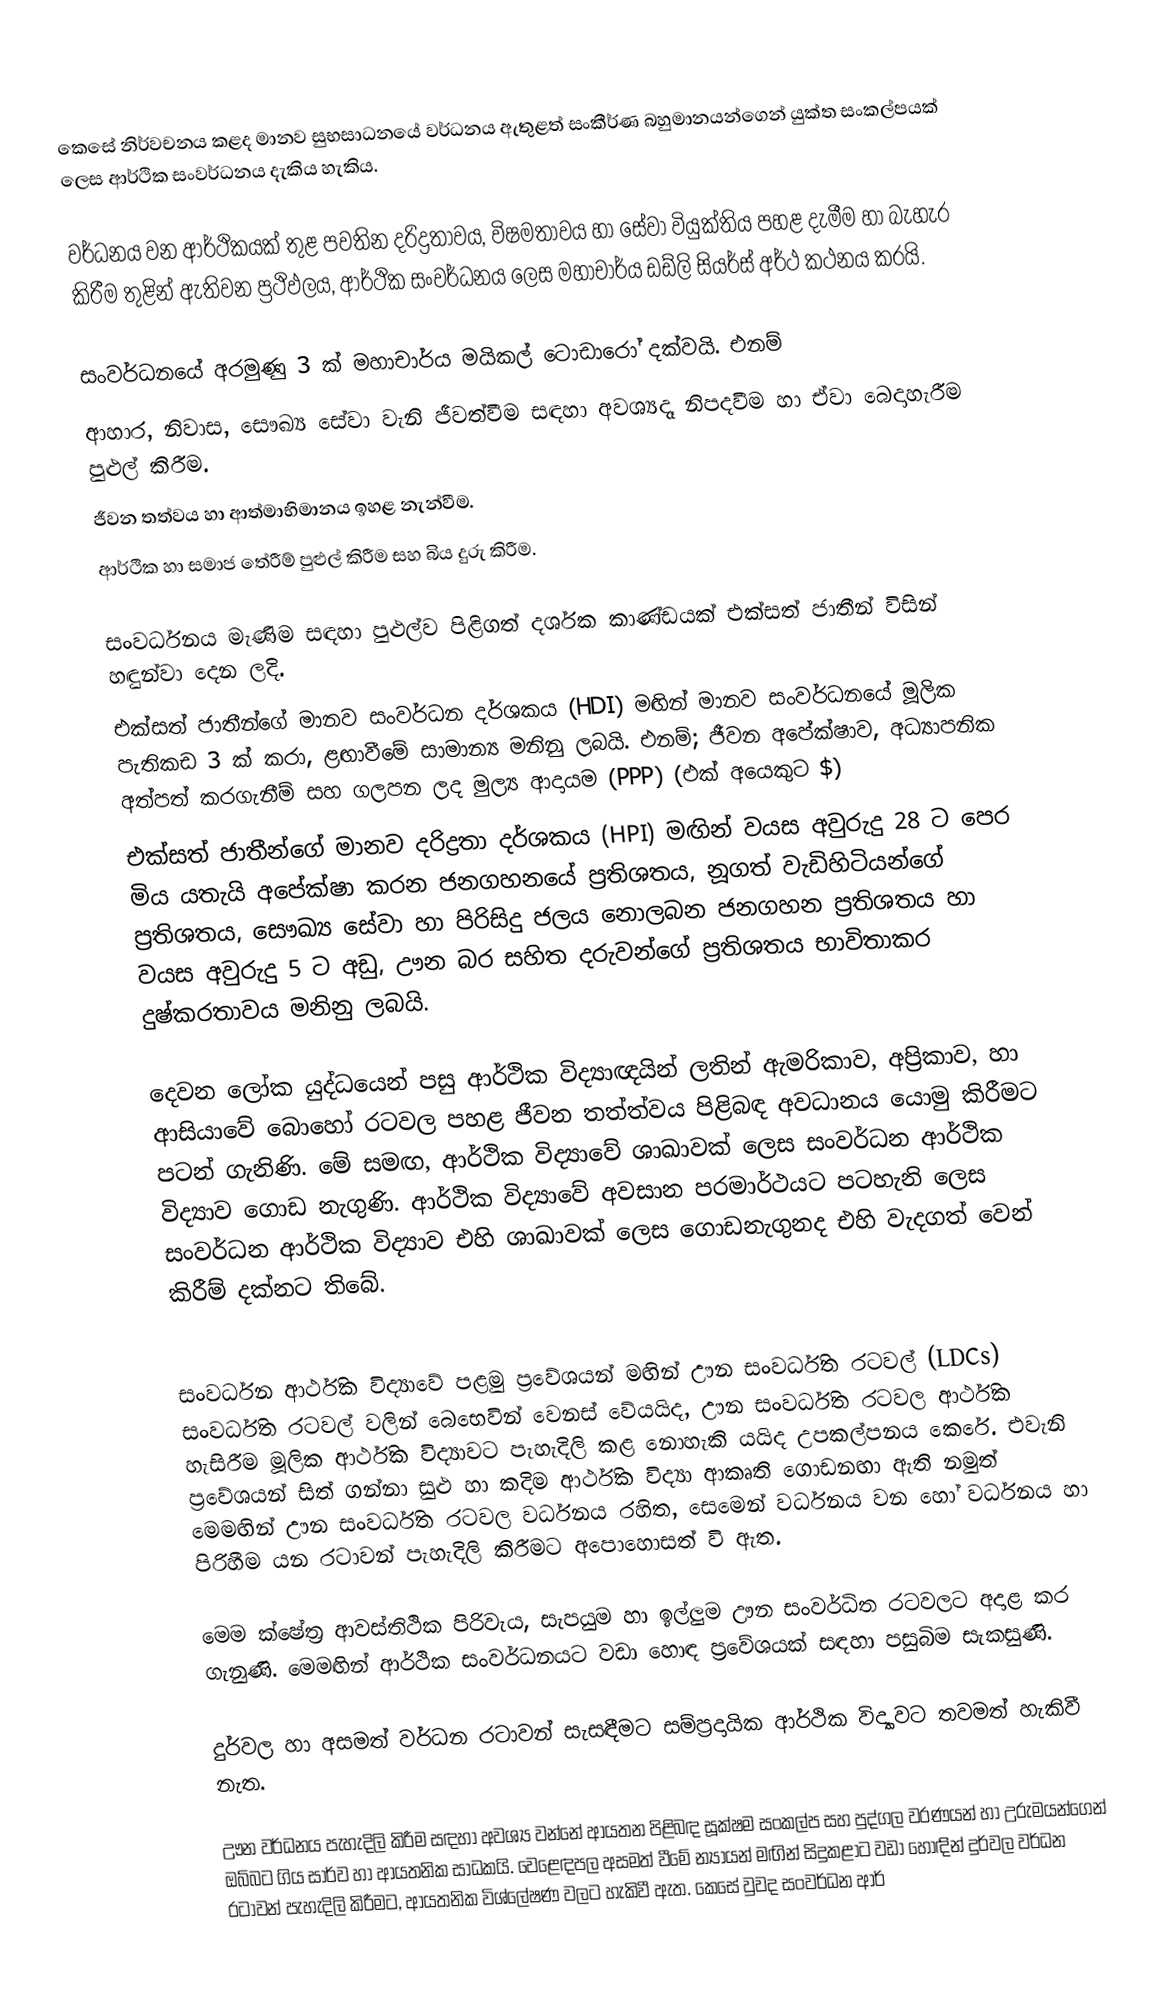
කෙසේ නිර්වචනය කළද මානව සුභසාධනයේ වර්ධනය ඇතුළත් සංකීර්ණ බහුමානයන්ගෙන් යුක්ත සංකල්පයක් ලෙස ආර්ථික සංවර්ධනය දැකිය හැකිය.

වර්ධනය වන ආර්ථිකයක් තුළ පවතින දරිද්‍රතාවය, විෂමතාවය හා සේවා වියුක්තිය පහළ දැමීම හා බැහැර කිරීම තුළින් ඇතිවන ප්‍රථිඵලය, ආර්ථික සංවර්ධනය ලෙස මහාචාර්ය ඩඩ්ලි සියර්ස් අර්ථ කථනය කරයි.

සංවර්ධනයේ අරමුණු 3 ක් මහාචාර්ය මයිකල් ටොඩාරෝ දක්වයි. එනම්
ආහාර, නිවාස, සෞඛ්‍ය සේවා වැනි ජීවත්වීම සඳහා අවශ්‍යදෑ නිපදවීම හා ඒවා බෙදාහැරීම පුළුල් කිරීම.
ජීවන තත්වය හා ආත්මාභිමානය ඉහළ නැන්වීම.
ආර්ථික හා සමාජ තේරීම් පුළුල් කිරීම සහ බිය දුරු කිරීම.

සංවර්ධනය මැණිම සඳහා පුළුල්ව පිළිගත් දර්ශක කාණ්ඩයක් එක්සත් ජාතීන් විසින් හඳුන්වා දෙන ලදි.
එක්සත් ජාතීන්ගේ මානව සංවර්ධන දර්ශකය (HDI) මඟින් මානව සංවර්ධනයේ මූලික පැතිකඩ 3 ක් කරා, ළඟාවීමේ සාමාන්‍ය මනිනු ලබයි. එනම්; ජීවන අපේක්ෂාව, අධ්‍යාපනික අත්පත් කරගැනීම් සහ ගලපන ලද මුල්‍ය ආදායම (PPP) (එක් අයෙකුට $)
එක්සත් ජාතීන්ගේ මානව දරිද්‍රතා දර්ශකය (HPI) මඟින් වයස අවුරුදු 28 ට පෙර මිය යතැයි අපේක්ෂා කරන ජනගහනයේ ප්‍රතිශතය, නූගත් වැඩිහිටියන්ගේ ප්‍රතිශතය, සෞඛ්‍ය සේවා හා පිරිසිදු ජලය නොලබන ජනගහන ප්‍රතිශතය හා වයස අවුරුදු 5 ට අඩු, ඌන බර සහිත දරුවන්ගේ ප්‍රතිශතය භාවිතාකර දුෂ්කරතාවය මනිනු ලබයි.

දෙවන ලෝක යුද්ධයෙන් පසු ආර්ථික විද්‍යාඥයින් ලතින් ඇමරිකාව, අප්‍රිකාව, හා ආසියාවේ බොහෝ රටවල පහළ ජීවන තත්ත්වය පිළිබඳ අවධානය යොමු කිරීමට පටන් ගැනිණි. මේ සමඟ, ආර්ථික විද්‍යාවේ ශාඛාවක් ලෙස සංවර්ධන ආර්ථික විද්‍යාව ගොඩ නැගුණි. ආර්ථික විද්‍යාවේ අවසාන පරමාර්ථයට පටහැනි ලෙස සංවර්ධන ආර්ථික විද්‍යාව එහි ශාඛාවක් ලෙස ගොඩනැගුනද එහි වැදගත් වෙන් කිරීම් දක්නට තිබේ.

සංවර්ධන ආර්ථික විද්‍යාවේ පළමු ප්‍රවේශයන් මඟින් ඌන සංවර්ධිත රටවල් (LDCs) සංවර්ධිත රටවල් වලින් බෙභෙවින් වෙනස් වේයයිද, ඌන සංවර්ධිත රටවල ආර්ථික හැසිරීම මූලික ආර්ථික විද්‍යාවට පැහැදිලි කළ නොහැකි යයිද උපකල්පනය කෙරේ. එවැනි ප්‍රවේශයන් සිත් ගන්නා සුළු හා කදිම ආර්ථික විද්‍යා ආකෘති ගොඩනඟා ඇති නමුත් මෙමඟින් ඌන සංවර්ධිත රටවල වර්ධනය රහිත, සෙමෙන් වර්ධනය වන හෝ වර්ධනය හා පිරිහීම යන රටාවන් පැහැදිලි කිරීමට අපොහොසත් වි ඇත.

මෙම ක්ෂේත්‍ර ආවස්තිථික පිරිවැය, සැපයුම හා ඉල්ලුම ඌන සංවර්ධිත රටවලට අදාළ කර ගැනුණි. මෙමඟින් ආර්ථික සංවර්ධනයට වඩා හොඳ ප්‍රවේශයක් සඳහා පසුබිම සැකසුණි.

දුර්වල හා අසමත් වර්ධන රටාවන් සැසඳීමට සම්ප්‍රදායික ආර්ථික විද්‍යාවට තවමත් හැකිවී නැත.

ඌන වර්ධනය පැහැදිලි කිරීම සඳහා අවශ්‍ය වන්නේ ආයතන පිළිබඳ සූක්ෂම සංකල්ප සහ පුද්ගල වරණයන් හා උරුමයන්ගෙන් ඔබ්බට ගිය සාර්ව හා ආයතනික සාධකයි. වෙළෙඳපල අසමත් වීමේ න්‍යායන් මඟින් සිදුකළාට වඩා හොඳින් දුර්වල වර්ධන රටාවන් පැහැදිලි කිරීමට, ආයතනික විශ්ලේෂණ වලට හැකිවී ඇත. කෙසේ වුවද සංවර්ධන ආර්